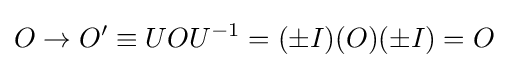
O\to O'\equiv UOU^{-1}=(\pm I)(O)(\pm I)=O